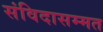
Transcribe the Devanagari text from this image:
संविदासम्मत